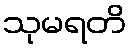
သုမရတိ